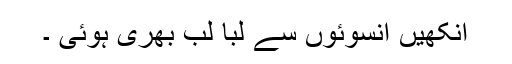
آنکھیں آنسوئوں سے لبا لب بھری ہوئی ۔